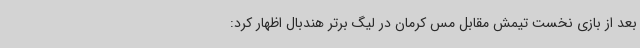
بعد از بازی نخست تیمش مقابل مس کرمان در لیگ برتر هندبال اظهار کرد: